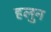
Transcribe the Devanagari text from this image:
हलुन